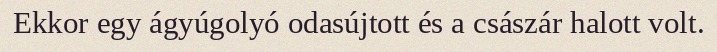
Ekkor egy ágyúgolyó odasújtott és a császár halott volt.